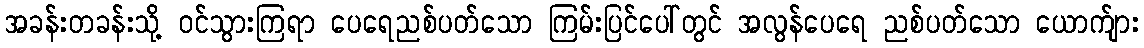
အခန်းတခန်းသို့ ဝင်သွားကြရာ ပေရေညစ်ပတ်သော ကြမ်းပြင်ပေါ်တွင် အလွန်ပေရေ ညစ်ပတ်သော ယောက်ျား